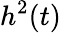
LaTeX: h^{2}(t)